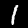
Digit: 1